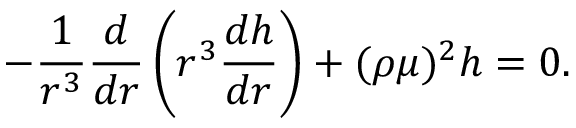
- \frac { 1 } { r ^ { 3 } } \frac { d } { d r } \left( r ^ { 3 } \frac { d h } { d r } \right) + ( \rho \mu ) ^ { 2 } h = 0 .